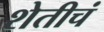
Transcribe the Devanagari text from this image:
शेतीचं